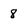
Character: 8